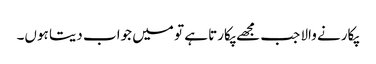
پکارنے والا جب مجھے پکارتا ہے تو میں جواب دیتا ہوں۔